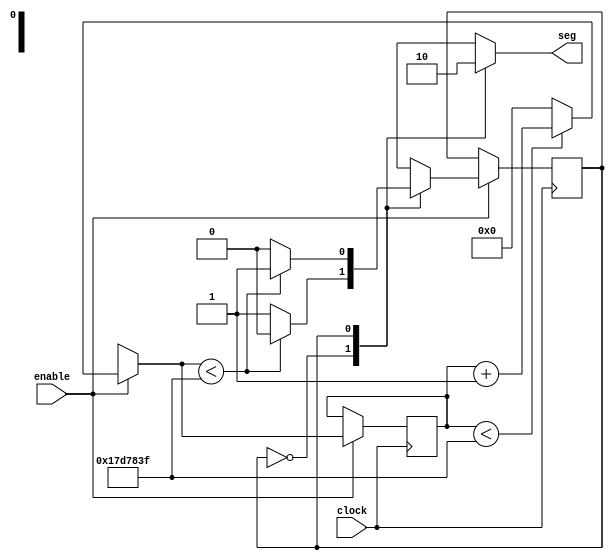
module timer
#(
	parameter T = 25'd24999999
)
(
	input  clock,
	input  enable,
	output seg
);

reg y;
reg [24:0] g = 25'd0;

assign seg = y;

reg q = 1'b0;

always @ (posedge clock) begin

	if (enable) begin
		if (g < T)
			g = g + 25'd1;
		else
			g = 25'd0;
			
		case (q)
			1'b0: if(g < T)
						q <= 1'b0;
					else
						q <= 1'b1;
						
			1'b1: if(g < T)
						q <= 1'b1;
					else
						q <= 1'b0;
		endcase
	end
	
end

always @ (*) begin
	case (q)
		1'b0: y = 1'b1;
		1'b1: y = 1'b0;
	endcase
end

endmodule